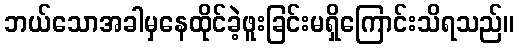
ဘယ်သောအခါမှနေထိုင်ခဲ့ဖူးခြင်းမရှိကြောင်းသိရသည်။